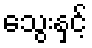
သွေးနှင့်